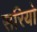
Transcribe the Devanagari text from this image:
सरियो